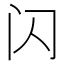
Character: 闪